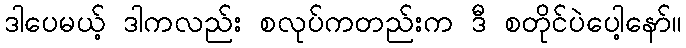
ဒါပေမယ့် ဒါကလည်း စလုပ်ကတည်းက ဒီ စတိုင်ပဲပေါ့နော်။